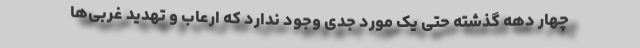
چهار دهه گذشته حتی یک مورد جدی وجود ندارد که ارعاب و تهدید غربی‌ها